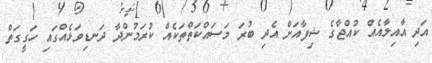
އަދި އާއިލާއެއް ކުއްޖާގެ ޝިފާއަށް އެދި ބުރަ މަސައްކަތްތަކެއް ކުރަމުންދާ ދަނޑިވަޅެއްގައި ހަގީގަތް